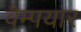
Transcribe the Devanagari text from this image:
वैम्पयार